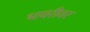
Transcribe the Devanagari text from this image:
भावरीवर